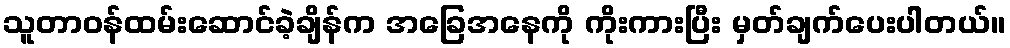
သူတာဝန်ထမ်းဆောင်ခဲ့ချိန်က အခြေအနေကို ကိုးကားပြီး မှတ်ချက်ပေးပါတယ်။